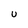
Character: U